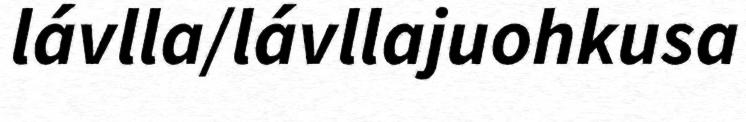
lávlla/lávllajuohkusa